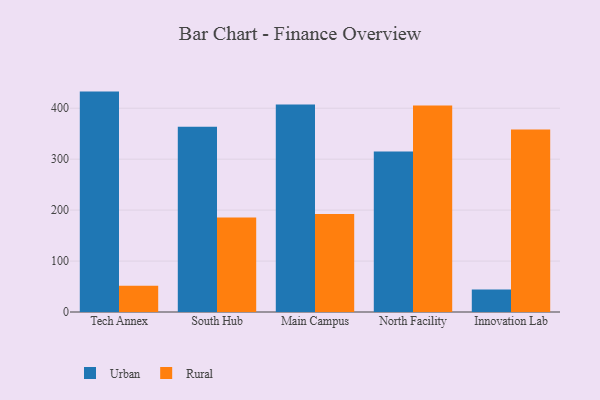
{"axis": {"x": "Campus", "y": "Humidity (%)"}, "legend": ["Rural", "Urban"], "data": [{"x": "Tech Annex", "y": 432.6, "type": "Urban"}, {"x": "Tech Annex", "y": 51.3, "type": "Rural"}, {"x": "South Hub", "y": 363.6, "type": "Urban"}, {"x": "South Hub", "y": 185.6, "type": "Rural"}, {"x": "Main Campus", "y": 407.4, "type": "Urban"}, {"x": "Main Campus", "y": 192.5, "type": "Rural"}, {"x": "North Facility", "y": 315.0, "type": "Urban"}, {"x": "North Facility", "y": 405.4, "type": "Rural"}, {"x": "Innovation Lab", "y": 44.4, "type": "Urban"}, {"x": "Innovation Lab", "y": 358.3, "type": "Rural"}]}